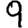
Digit: 9